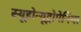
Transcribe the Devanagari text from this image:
स्यूडोन्यूट्रोपेनिया